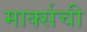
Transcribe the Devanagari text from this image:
मार्क्‍सची